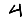
Digit: 4